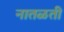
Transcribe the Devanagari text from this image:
नातळती